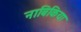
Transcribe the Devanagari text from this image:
नाबिकिया